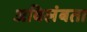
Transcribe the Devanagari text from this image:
अविलंबता